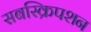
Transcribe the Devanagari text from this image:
सबस्क्रिपशन